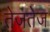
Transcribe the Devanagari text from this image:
तेजतेज